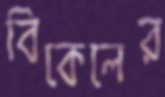
বিকেলের